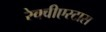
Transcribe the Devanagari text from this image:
रेक्वीएस्टास